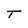
Character: T